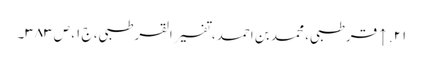
۲۱. ↑ قرطبی، محمد بن احمد، تفسیر القرطبی، ج ۱، ص ۳۸۳۔